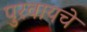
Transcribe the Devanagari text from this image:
पुरवायचे